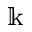
\Bbbk